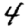
Digit: 4